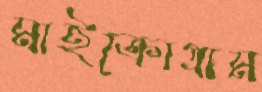
মাইক্রোগ্রাম